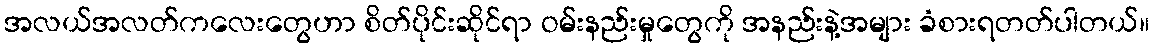
အလယ်အလတ်ကလေးတွေဟာ စိတ်ပိုင်းဆိုင်ရာ ဝမ်းနည်းမှုတွေကို အနည်းနဲ့အများ ခံစားရတတ်ပါတယ်။